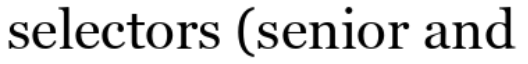
selectors (senior and